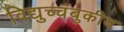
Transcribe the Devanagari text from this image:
विद्युच्चंबुकीय